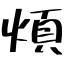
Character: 煩